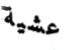
عشية